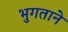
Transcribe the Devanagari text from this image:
भुगताने